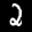
Label: 2